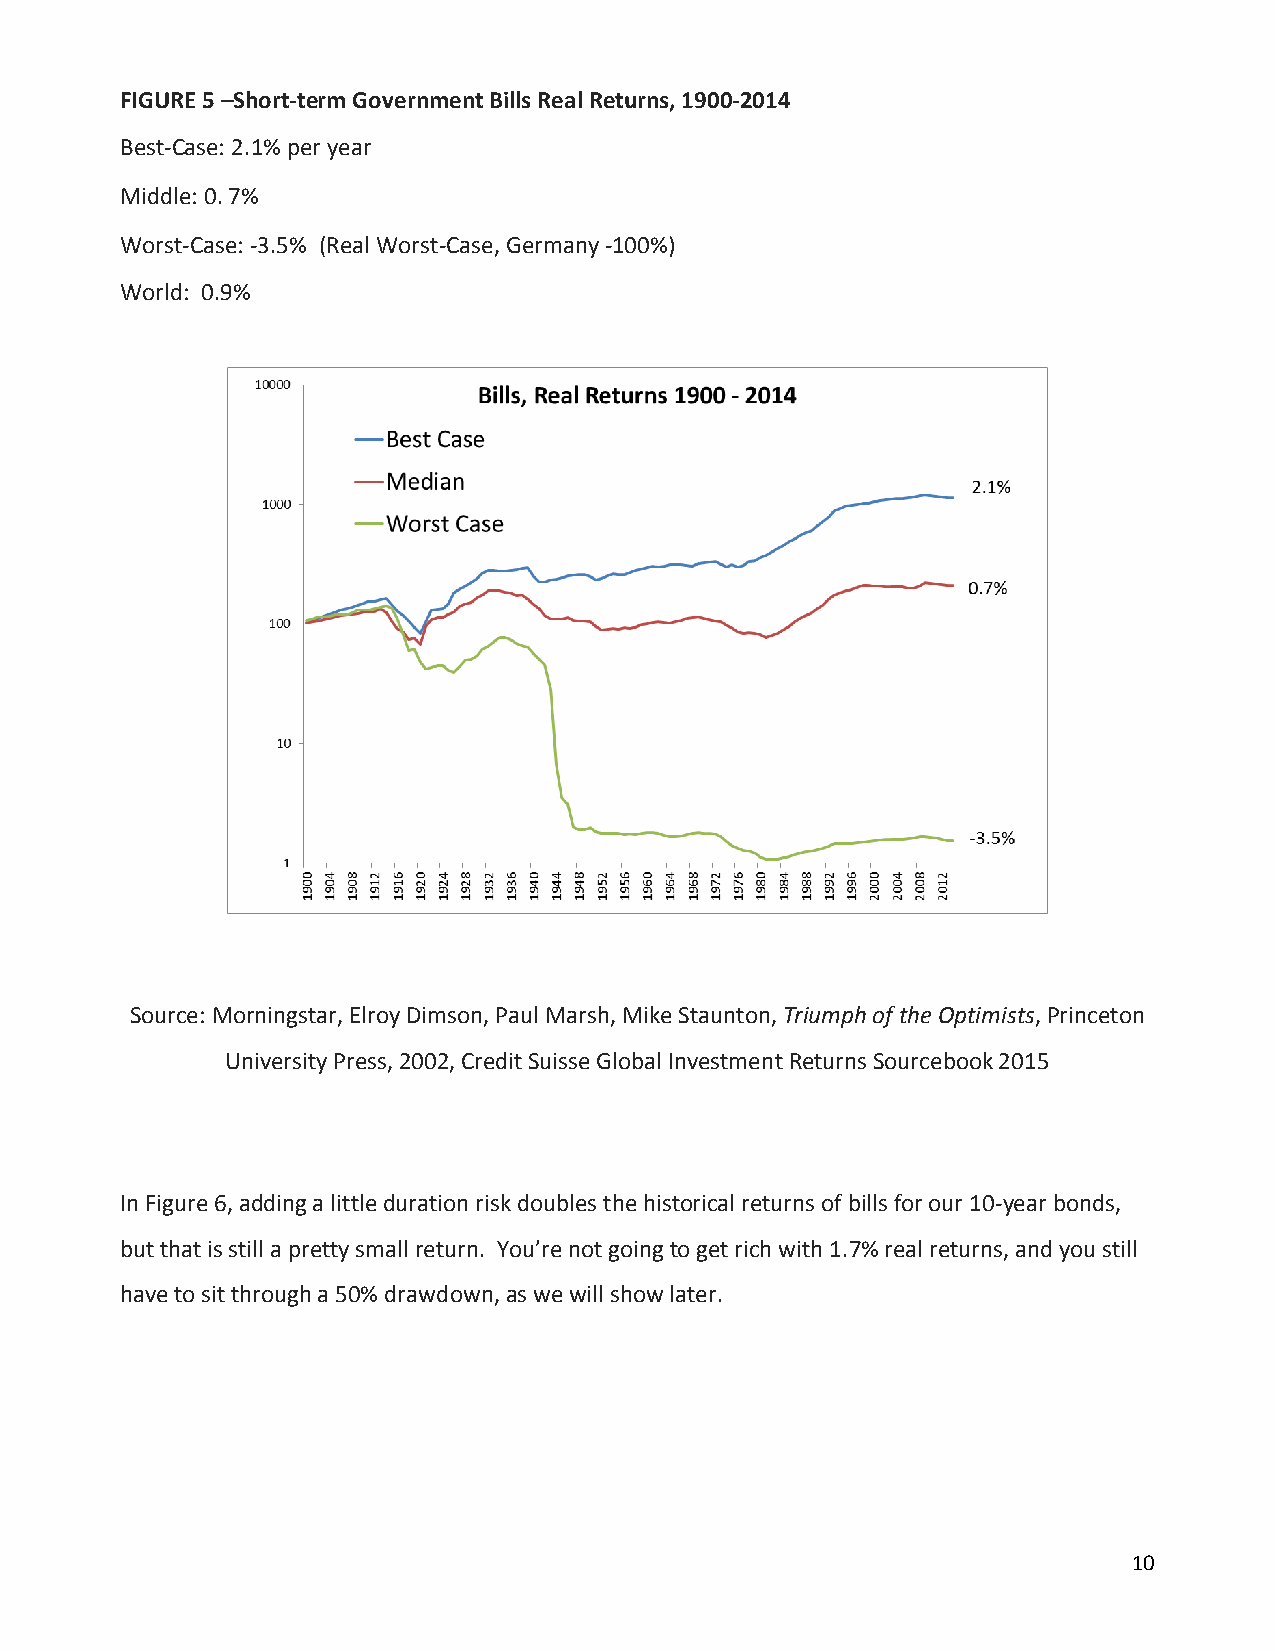
FIGURE 5 –Short-term Government Bills Real Returns, 1900-2014
 Best-Case: 2.1% per year
 Middle: 0. 7%
 Worst-Case: -3.5% (Real Worst-Case, Germany -100%)
 World: 0.9%
 Source: Morningstar, Elroy Dimson, Paul Marsh, Mike Staunton, Triumph of the Optimists, Princeton
 University Press, 2002, Credit Suisse Global Investment Returns Sourcebook 2015
 In Figure 6, adding a little duration risk doubles the historical returns of bills for our 10-year bonds,
 but that is still a pretty small return. You’re not going to get rich with 1.7% real returns, and you still
 have to sit through a 50% drawdown, as we will show later.
 10